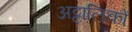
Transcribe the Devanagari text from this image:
अट्टालिकों